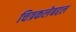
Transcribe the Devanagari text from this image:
चित्रकलेबद्दल